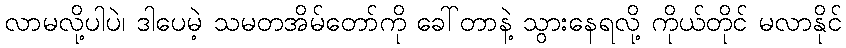
လာမလို့ပါပဲ၊ ဒါပေမဲ့ သမတအိမ်တော်ကို ခေါ်တာနဲ့ သွားနေရလို့ ကိုယ်တိုင် မလာနိုင်